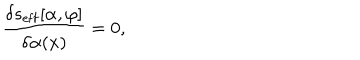
{ \frac { \delta s _ { \mathrm { e f f } } [ \alpha , \varphi ] } { \delta \alpha ( x ) } } = 0 ,